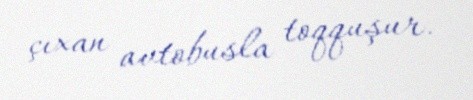
çıxan avtobusla toqquşur.